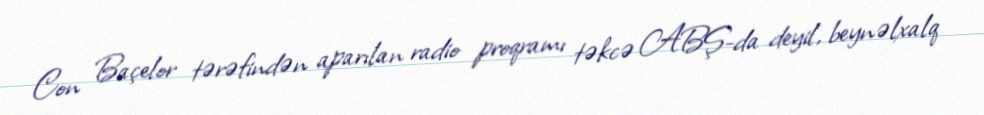
Con Baçelor tərəfindən aparılan radio proqramı təkcə ABŞ-da deyil, beynəlxalq